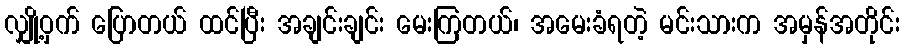
လျှို့ဝှက် ပြောတယ် ထင်ပြီး အချင်းချင်း မေးကြတယ်၊ အမေးခံရတဲ့ မင်းသားက အမှန်အတိုင်း